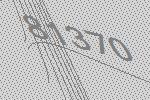
81370